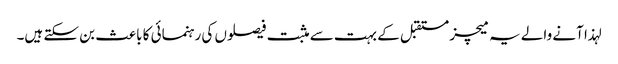
لہذا آنے والے یہ میچز مستقبل کے بہت سے مثبت فیصلوں کی رہنمائی کا باعث بن سکتے ہیں۔